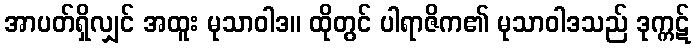
အာပတ်ရှိလျှင် အထူး မုသာဝါဒ။ ထိုတွင် ပါရာဇိက၏ မုသာဝါဒသည် ဒုက္ကဋ်